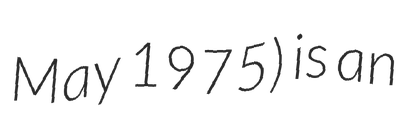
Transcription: May 1975) is an